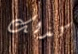
كذلك